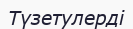
Түзетулерді